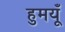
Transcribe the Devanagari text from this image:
हुमयूँ